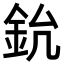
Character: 𨥡